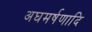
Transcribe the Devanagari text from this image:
अघमर्षणादि